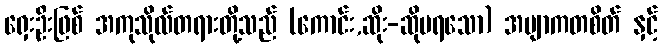
ရှေးဦးဖြစ် အကုသိုလ်တရားတို့သည် (ကောင်း,ဆိုး-ဆိုမရသော) အဗျာကတစိတ် နှင့်